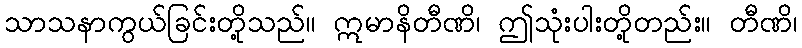
သာသနာကွယ်ခြင်းတို့သည်။ ဣမာနိတီဏိ၊ ဤသုံးပါးတို့တည်း။ တီဏိ၊